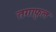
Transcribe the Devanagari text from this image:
तगाफ़ुल